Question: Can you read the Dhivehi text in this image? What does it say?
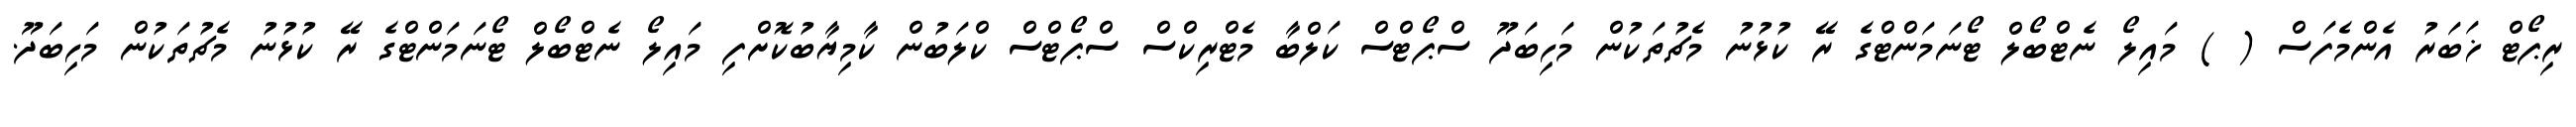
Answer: ރިޕޯޓް ޚަބަރު އެންމެފަސް ( ) މައިލޯ ނެޓްބޯލް ޓޯނަމަންޓްގެ ރޭ ކުޅުނު މެޗުތަކުން މަހިބަދޫ ސްޕޯޓްސް ކަލްބާ މެޓްރިކްސް ސްޕޯޓްސް ކްލަބުން ކާމިޔާބުކޮށްފި މައިލޯ ނެޓްބޯލް ޓޯނަމަންޓްގެ ރޭ ކުޅުނު މެޗުތަކުން މަހިބަދޫ.